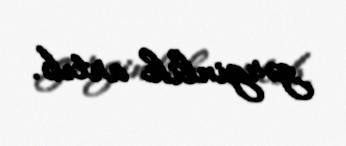
gərginlik artıb.